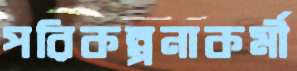
পরিকল্পনাকর্মী